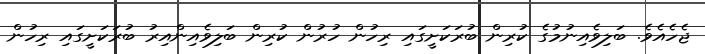
ޖެހެއެވެ. ބަލިވެއިނުމުގެ ކުރިން ބުރަކަށީގައި ރިހުން ހުރުން ކުރިން ބަލިވެއިންއިރު ބުރަކަށީގައި ރިހުން